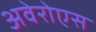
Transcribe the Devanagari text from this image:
अवेरोएस